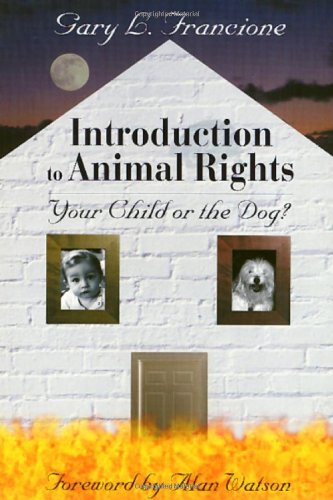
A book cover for Introduction to Animal Rights: Your Child or the Dog?; Gary L. Francione; Science & Math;